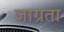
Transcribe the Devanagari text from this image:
जाग्रता